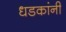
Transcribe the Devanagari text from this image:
धडकांनी